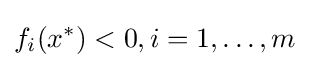
f_{i}(x^{*})<0,i=1,\ldots ,m